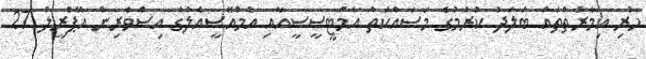
ހުރި އިމާރާތްތައް ބަލަދު ކުރުމުގެ މަސައްކަތް އެމްޓީސީސީއާއި އެމްއޭސީއެލްގެ އިސްވެރިން އޭޕްރީލް 27